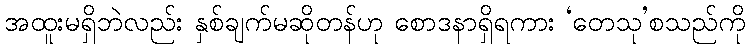
အထူးမရှိဘဲလည်း နှစ်ချက်မဆိုတန်ဟု စောဒနာရှိရကား ‘တေသု’စသည်ကို